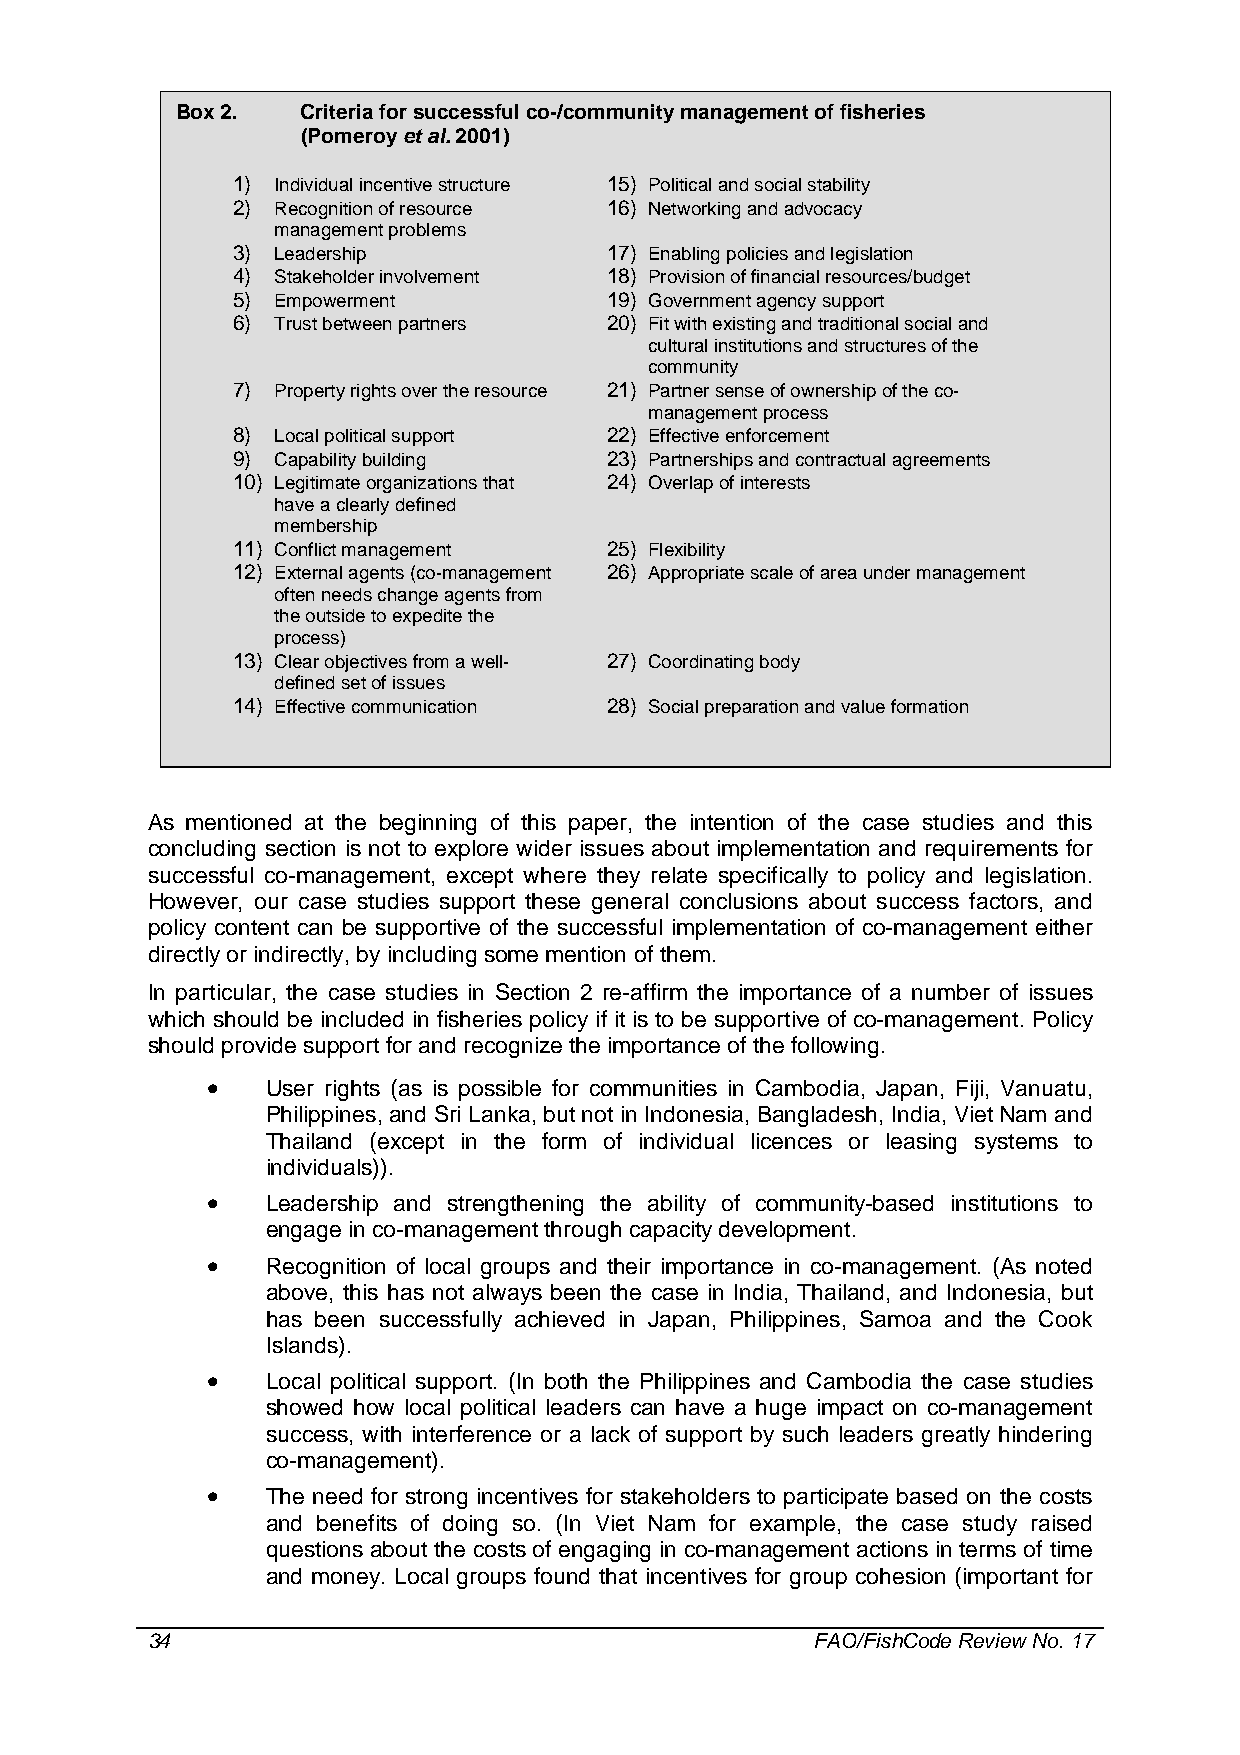
Box 2.  Criteria for successful co-/community management of fisheries
 (Pomeroy et al. 2001)
 1) Individual incentive structure 15) Political and social stability
 2) Recognition of resource 16) Networking and advocacy
 management problems
 3) Leadership            17) Enabling policies and legislation
 4) Stakeholder involvement 18) Provision of financial resources/budget
 5) Empowerment           19) Government agency support
 6) Trust between partners 20) Fit with existing and traditional social and
 cultural institutions and structures of the
 community
 7) Property rights over the resource 21) Partner sense of ownership of the co-
 management process
 8) Local political support 22) Effective enforcement
 9) Capability building   23) Partnerships and contractual agreements
 10) Legitimate organizations that 24) Overlap of interests
 have a clearly defined
 membership
 11) Conflict management  25) Flexibility
 12) External agents (co-management 26) Appropriate scale of area under management
 often needs change agents from
 the outside to expedite the
 process)
 13) Clear objectives from a well- 27) Coordinating body
 defined set of issues
 14) Effective communication 28) Social preparation and value formation
 As mentioned at the beginning of this paper, the intention of the case studies and this
 concluding section is not to explore wider issues about implementation and requirements for
 successful co-management, except where they relate specifically to policy and legislation.
 However, our case studies support these general conclusions about success factors, and
 policy content can be supportive of the successful implementation of co-management either
 directly or indirectly, by including some mention of them.
 In particular, the case studies in Section 2 re-affirm the importance of a number of issues
 which should be included in fisheries policy if it is to be supportive of co-management. Policy
 should provide support for and recognize the importance of the following.
 •   User rights (as is possible for communities in Cambodia, Japan, Fiji, Vanuatu,
 Philippines, and Sri Lanka, but not in Indonesia, Bangladesh, India, Viet Nam and
 Thailand (except in the form of individual licences or leasing systems to
 individuals)).
 •   Leadership and strengthening the ability of community-based institutions to
 engage in co-management through capacity development.
 •   Recognition of local groups and their importance in co-management. (As noted
 above, this has not always been the case in India, Thailand, and Indonesia, but
 has been successfully achieved in Japan, Philippines, Samoa and the Cook
 Islands).
 •   Local political support. (In both the Philippines and Cambodia the case studies
 showed how local political leaders can have a huge impact on co-management
 success, with interference or a lack of support by such leaders greatly hindering
 co-management).
 •   The need for strong incentives for stakeholders to participate based on the costs
 and benefits of doing so. (In Viet Nam for example, the case study raised
 questions about the costs of engaging in co-management actions in terms of time
 and money. Local groups found that incentives for group cohesion (important for
 34                                          FAO/FishCode Review No. 17